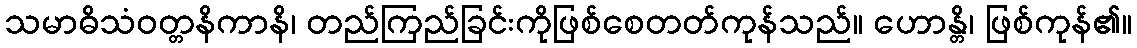
သမာဓိသံဝတ္တနိကာနိ၊ တည်ကြည်ခြင်းကိုဖြစ်စေတတ်ကုန်သည်။ ဟောန္တိ၊ ဖြစ်ကုန်၏။